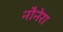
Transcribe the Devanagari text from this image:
नौनेरा